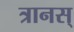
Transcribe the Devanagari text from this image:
त्रानस्